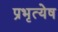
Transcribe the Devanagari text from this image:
प्रभृत्येष